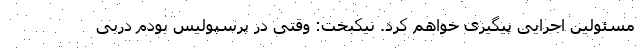
مسئولین اجرایی پیگیری خواهم کرد. نیکبخت: وقتی در پرسپولیس بودم دربی